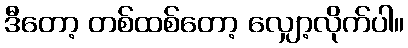
ဒီတော့ တစ်ထစ်တော့ လျှော့လိုက်ပါ။